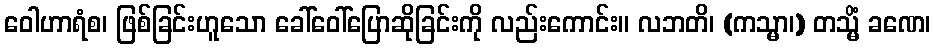
ဝေါဟာရံစ၊ ဖြစ်ခြင်းဟူသော ခေါ်ဝေါ်ပြောဆိုခြင်းကို လည်းကောင်း။ လဘတိ၊ (ကသ္မာ၊) တသ္မိံ ခဏေ၊